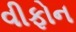
વીફોન